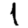
Digit: 1